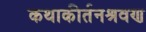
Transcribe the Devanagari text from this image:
कथाकीर्तनश्रवण